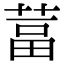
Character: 葍